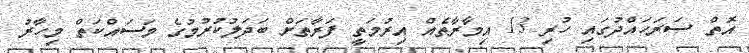
އޮތް ސަރަހައްދުގައި ހުރި 13 އިމާރާތެއް އިރުމަތީ ފަރާތަށް ބަދަލުކުރުމުގެ މަސައްކަތް މިހާރު